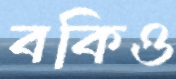
বকিও